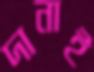
দানাই